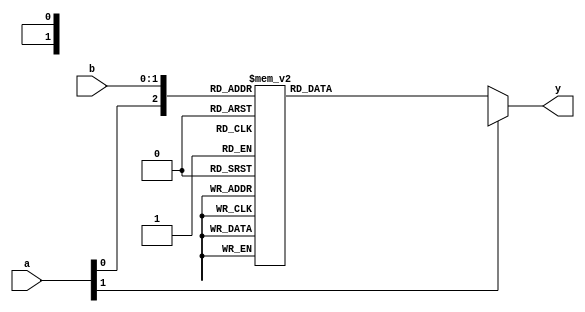
module combinational_logic (
    input  wire [1:0] a,  // 2-bit input
    input  wire [1:0] b,  // 2-bit input
    output reg  [1:0] y   // 2-bit output
);

always @(*) begin
    // Default output assignment
    y = 2'b00;

    // Combinational logic based on the values of a and b
    case ({a, b})
        4'b0000: y = 2'b00; // a = 0, b = 0
        4'b0001: y = 2'b01; // a = 0, b = 1
        4'b0010: y = 2'b10; // a = 1, b = 0
        4'b0011: y = 2'b11; // a = 1, b = 1
        4'b0100: y = 2'b01; // a = 0, b = 2 (if b were 2 bits)
        4'b0101: y = 2'b10; // a = 1, b = 2
        4'b0110: y = 2'b11; // a = 2, b = 0
        4'b0111: y = 2'b00; // a = 2, b = 1
        // Additional cases can be added here for other combinations
        default: y = 2'bxx; // Undefined state
    endcase
end

endmodule